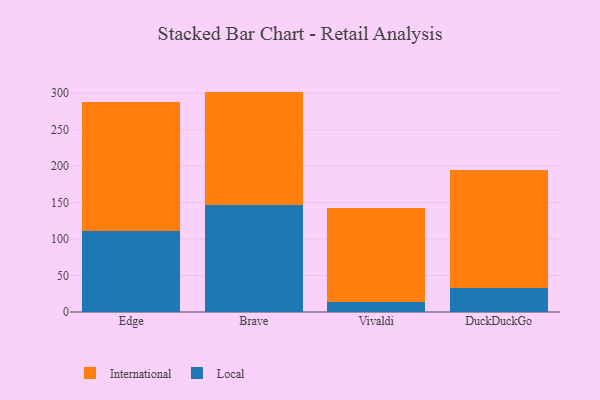
{"axis": {"x": "Browser", "y": "Churn Rate (%)"}, "legend": ["International", "Local"], "data": [{"x": "Edge", "y": 111.0, "type": "Local"}, {"x": "Edge", "y": 177.3, "type": "International"}, {"x": "Brave", "y": 146.1, "type": "Local"}, {"x": "Brave", "y": 156.2, "type": "International"}, {"x": "Vivaldi", "y": 13.7, "type": "Local"}, {"x": "Vivaldi", "y": 129.5, "type": "International"}, {"x": "DuckDuckGo", "y": 33.5, "type": "Local"}, {"x": "DuckDuckGo", "y": 161.8, "type": "International"}]}